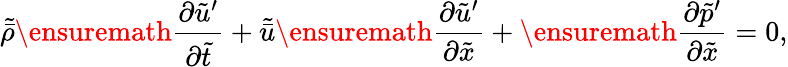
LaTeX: \tilde{\bar{\rho}}\ensuremath{\frac{\partial\tilde{u}^{\prime}}{\partial\tilde{t}}}+\tilde{\bar{u}}\ensuremath{\frac{\partial\tilde{u}^{\prime}}{\partial\tilde{x}}}+\ensuremath{\frac{\partial\tilde{p}^{\prime}}{\partial\tilde{x}}}=0,